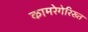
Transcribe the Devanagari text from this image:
कामरेगेरिख्त